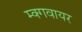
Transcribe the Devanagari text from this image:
म्क्गवायर